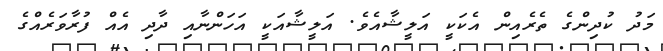
މަދު ކުދިންގެ ތެރެއިން އެކަކީ އަލީޝާއެވެ. އަލީޝާއަކީ އަހަންނާއި ދާދި އެއް ފުރާވަރެއްގެ